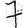
Digit: 7